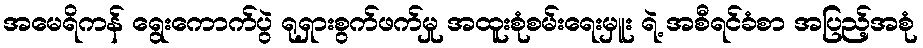
အမေရိကန် ရွေးကောက်ပွဲ ရုရှားစွက်ဖက်မှု အထူးစုံစမ်းရေးမှူး ရဲ့ အစီရင်ခံစာ အပြည့်အစုံ